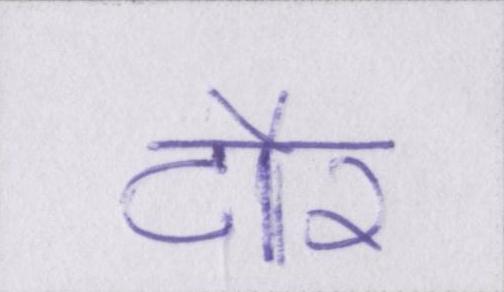
दौर